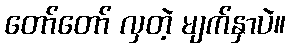
တော်တော် လှတဲ့ မျက်နှာပဲ။